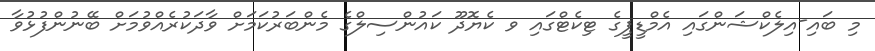
މި ބައި-އިލެކްޝަންގައި އެމްޑީޕީގެ ޓިކެޓްގައި ވ ކެޔޮދޫ ކައުންސިލްގެ މެންބަރުކަމަށް ވާދަކުރެއްވުމަށް ބޭނުންފުޅުވާ